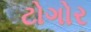
ટોગોર